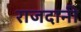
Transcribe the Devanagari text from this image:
राजदानी